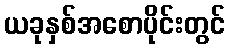
ယခုနှစ်အစောပိုင်းတွင်